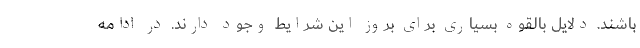
باشند. دلایل بالقوه بسیاری برای بروز این شرایط وجود دارند. در ادامه